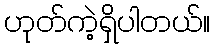
ဟုတ်ကဲ့ရှိပါတယ်။